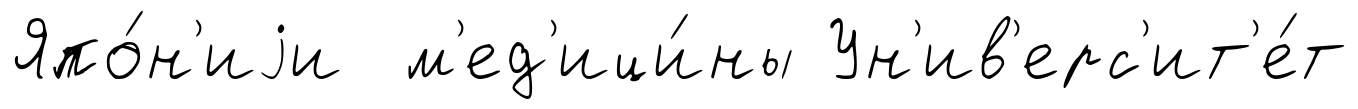
Япо́н'иjи м'ед'ици́ны Ун'ив'ерс'ит'е́т